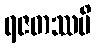
ရဇတဿပိ